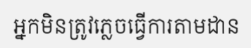
អ្នកមិនត្រូវភ្លេចធ្វើការតាមដាន